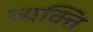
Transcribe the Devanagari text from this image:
व्यक्त्ति